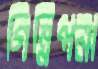
গিন্নিপনা